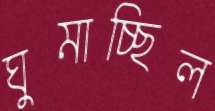
ঘুমাচ্ছিল